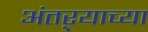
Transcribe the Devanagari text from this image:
अंतऱ्याच्या